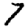
Digit: 7